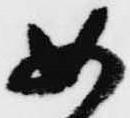
如